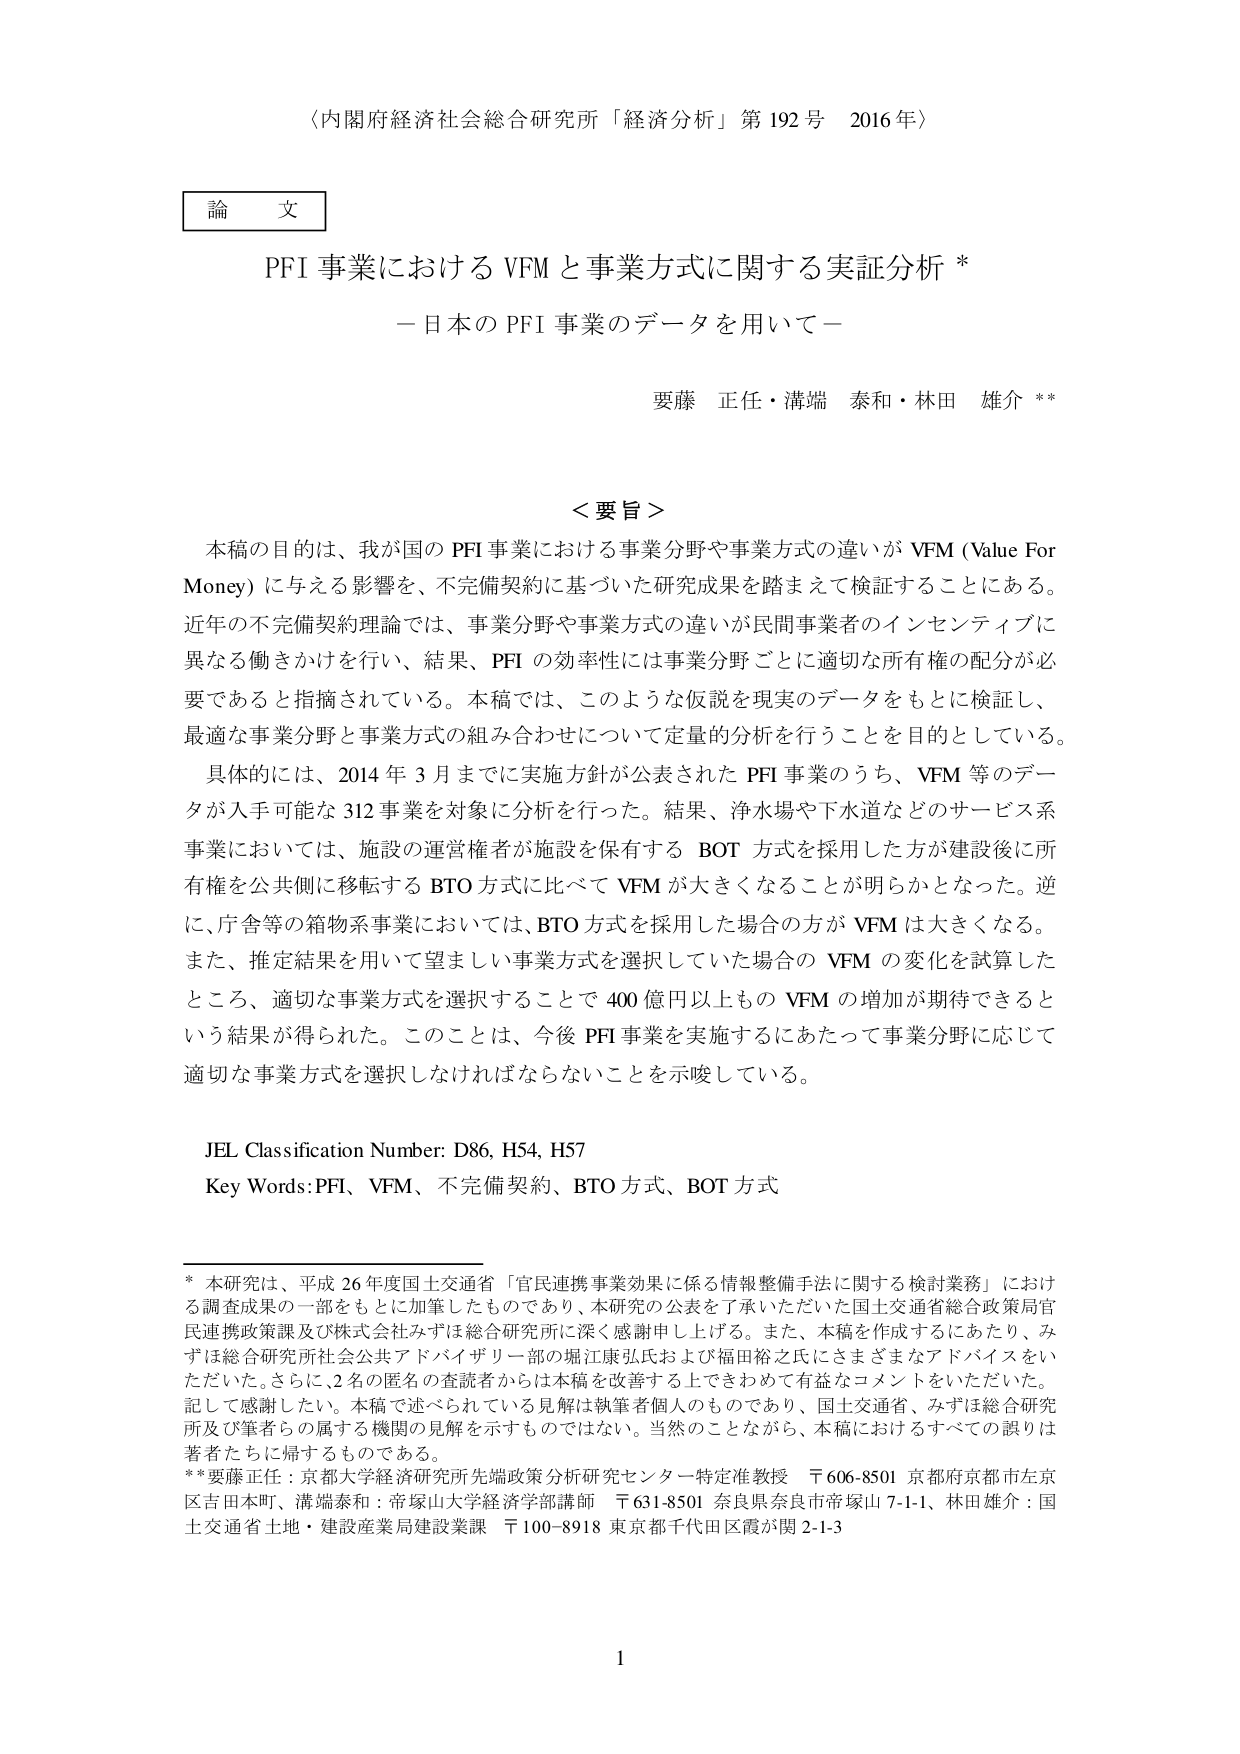
〈内閣府経済社会総合研究所「経済分析」第192号 2016年〉

論文

PFI事業におけるVFMと事業方式に関する実証分析*

－日本のPFI事業のデータを用いて－

要藤 正任・溝端 泰和・林田 雄介**

＜要旨＞

本稿の目的は、我が国のPFI事業における事業分野や事業方式の違いがVFM（Value For Money）に与える影響を、不完備契約に基づいた研究成果を踏まえて検証することにある。近年の不完備契約理論では、事業分野や事業方式の違いが民間事業者のインセンティブに異なる働きかけを行い、結果、PFIの効率性には事業分野ごとに適切な所有権の配分が必要であると指摘されている。本稿では、このような仮説を現実のデータをもとに検証し、最適な事業分野と事業方式の組み合わせについて定量的分析を行うことを目的としている。

具体的には、2014年3月までに実施方針が公表されたPFI事業のうち、VFM等のデータが入手可能な312事業を対象に分析を行った。結果、浄水場や下水道などのサービス系事業においては、施設の運営権者が施設を保有するBOT方式を採用した方が建設後に所有権を公共側に移転するBTO方式に比べてVFMが大きくなることが明らかとなった。逆に、庁舎等の箱物系事業においては、BTO方式を採用した場合の方がVFMは大きくなる。また、推定結果を用いて望ましい事業方式を選択していた場合のVFMの変化を試算したところ、適切な事業方式を選択することで400億円以上ものVFMの増加が期待できるという結果が得られた。このことは、今後PFI事業を実施するにあたって事業分野に応じて適切な事業方式を選択しなければならないことを示唆している。

JEL Classification Number: D86, H54, H57
Key Words: PFI、VFM、不完備契約、BTO方式、BOT方式

* 本研究は、平成26年度国土交通省「官民連携事業効果に係る情報整備手法に関する検討業務」における調査成果の一部をもとに加筆したものであり、本研究の公表を了承いただいた国土交通省総合政策局官民連携政策課及び株式会社みずほ総合研究所に深く感謝申し上げる。また、本稿を作成するにあたり、みずほ総合研究所社会公共アドバイザリー部の堀江康弘氏および福田裕之氏にさまざまなアドバイスをいただいた。さらに、2名の匿名の査読者からは本稿を改善する上できわめて有益なコメントをいただいた。記して感謝したい。本稿で述べられている見解は執筆者個人のものであり、国土交通省、みずほ総合研究所及び筆者らの属する機関の見解を示すものではない。当然のことながら、本稿におけるすべての誤りは著者たちに帰するものである。

** 要藤正任：京都大学経済研究所先端政策分析研究センター特定准教授 〒606-8501 京都府京都市左京区吉田本町、溝端泰和：帝塚山大学経済学部講師 〒631-8501 奈良県奈良市帝塚山7-1-1、林田雄介：国土交通省土地・建設産業局建設業課 〒100-8918 東京都千代田区霞が関2-1-3

1